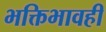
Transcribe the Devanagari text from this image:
भक्तिभावही